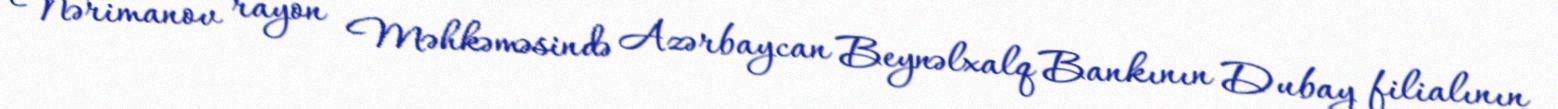
Nərimanov rayon Məhkəməsində Azərbaycan Beynəlxalq Bankının Dubay filialının